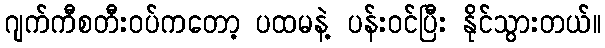
ဂျက်ကီစတီးဝပ်ကတော့ ပထမနဲ့ ပန်းဝင်ပြီး နိုင်သွားတယ်။